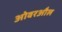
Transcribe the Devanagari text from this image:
ओवरऔल